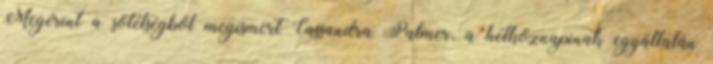
Megérint a sötétségből megismert Cassandra Palmer, a hétköznapinak egyáltalán